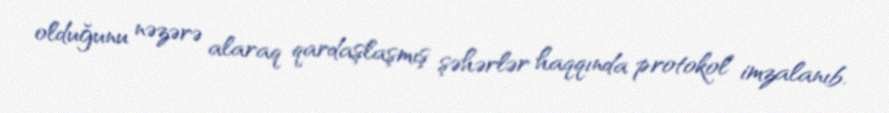
olduğunu nəzərə alaraq qardaşlaşmış şəhərlər haqqında protokol imzalanıb.